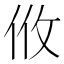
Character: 𢻺